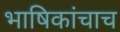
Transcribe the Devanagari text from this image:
भाषिकांचाच